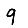
Digit: 9